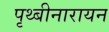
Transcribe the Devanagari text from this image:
पृथ्बीनारायन